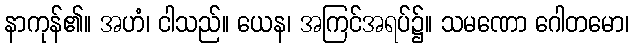
နာကုန်၏။ အဟံ၊ ငါသည်။ ယေန၊ အကြင်အရပ်၌။ သမဏော ဂေါတမော၊